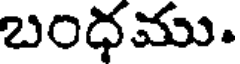
బంధము.